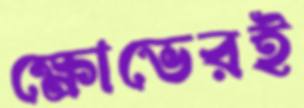
ক্ষোভেরই